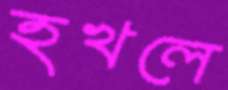
হখলে